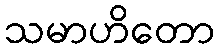
သမာဟိတော